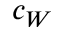
c _ { W }